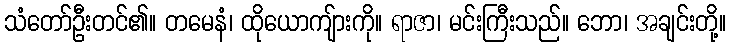
သံတော်ဦးတင်၏။ တမေနံ၊ ထိုယောကျ်ားကို။ ရာဇာ၊ မင်းကြီးသည်။ ဘော၊ အချင်းတို့။